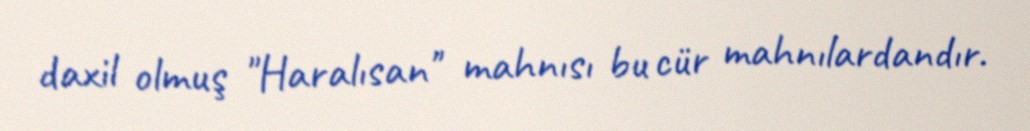
daxil olmuş "Haralısan" mahnısı bu cür mahnılardandır.